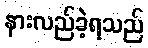
နားလည်ခဲ့ရသည်